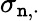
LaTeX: \sigma_{\mathtt{n},\cdot}